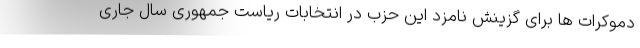
دموکرات ها برای گزینش نامزد این حزب در انتخابات ریاست جمهوری سال جاری